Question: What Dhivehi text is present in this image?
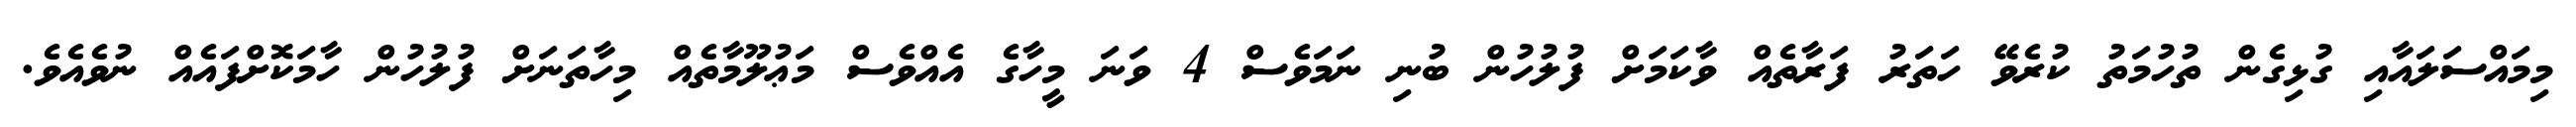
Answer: މިމައްސަލައާއި ގުޅިގެން ތުހުމަތު ކުރެވޭ ހަތަރު ފަރާތެއް ވާކަމަށް ފުލުހުން ބުނި ނަމަވެސް 4 ވަނަ މީހާގެ އެއްވެސް މަޢުލޫމާތެއް މިހާތަނަށް ފުލުހުން ހާމަކޮށްފައެއް ނުވެއެވެ.